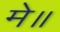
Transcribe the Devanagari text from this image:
मे॥